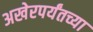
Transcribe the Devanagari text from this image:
अखेरपर्यंतच्या